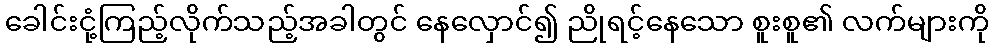
ခေါင်းငုံ့ကြည့်လိုက်သည့်အခါတွင် နေလှောင်၍ ညိုရင့်နေသော စူးစူ၏ လက်များကို